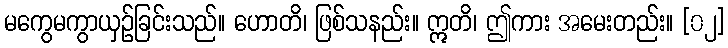
မကွေမကွာယှဉ်ခြင်းသည်။ ဟောတိ၊ ဖြစ်သနည်း။ ဣတိ၊ ဤကား အမေးတည်း။ [၀၂]